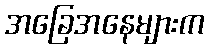
အခြေအနေများက